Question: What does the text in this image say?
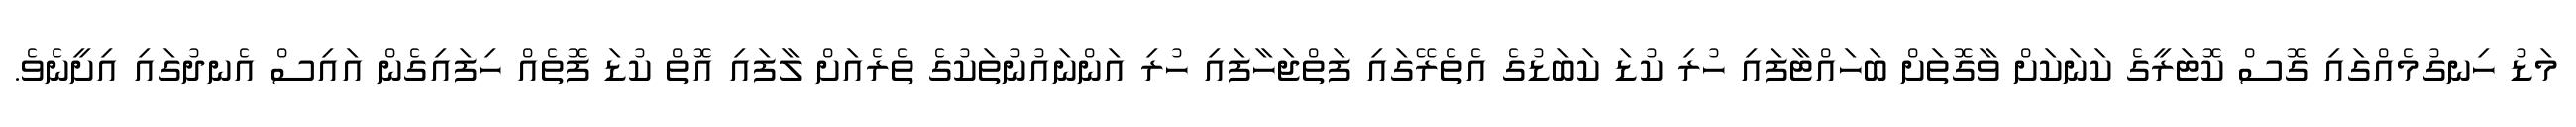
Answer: މަޑު ހިނގުމެއްގައި ގޮސް ކޮޓަރީގެ ކަނަކަށް ވާގޮތަށް ބަހައްޓާފައި ހުރި ކުޑަ ކަބަޑުގެ އެތެރޭގައި ފަތްޖަހާފައި ހުރި އަންނައުނުތަކުގެ ތެރެއަށް ލާފައި އޮތް ކުޑަ ފޮތެއް ހިފައިގެން އައިސް އެނދުގައި އިށީނެވެ.